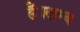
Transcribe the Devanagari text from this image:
हैं।लम्ब